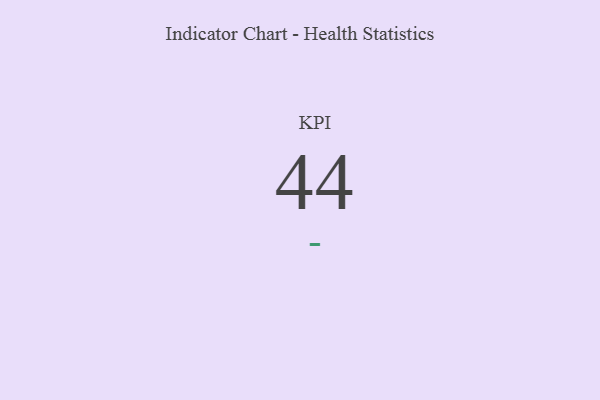
{"axis": {"x": "KPI", "y": "Value"}, "legend": [""], "data": [{"x": "KPI", "y": 44, "type": ""}]}